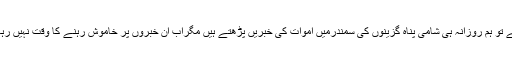
ویسے تو ہم روزانہ ہی شامی پناہ گزینوں کی سمندرمیں اموات کی خبریں پڑھتے ہیں مگراب ان خبروں پر خاموش رہنے کا وقت نہیں رہا ہے۔